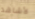
لأشاهد